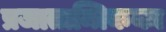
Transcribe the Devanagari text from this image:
प्रजातान्त्रिकका